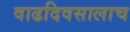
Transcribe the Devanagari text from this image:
वाढदिवसालाच